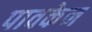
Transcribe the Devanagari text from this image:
पावकेन